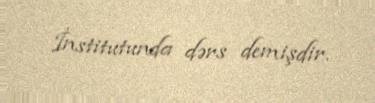
İnstitutunda dərs demişdir.